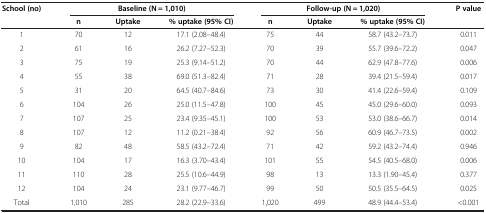
| School (no) | <COLSPAN=3> Baseline (N = 1,010) | <COLSPAN=3> Follow-up (N = 1,020) | P value |
 |  | n | Uptake | % uptake (95% CI) | n | Uptake | % uptake (95% CI) |  |
 | --- | --- | --- | --- | --- | --- | --- | --- |
 | 1 | 70 | 12 | 17.1 (2.08–48.4) | 75 | 44 | 58.7 (43.2–73.7) | 0.011 |
 | 2 | 61 | 16 | 26.2 (7.27–52.3) | 70 | 39 | 55.7 (39.6–72.2) | 0.047 |
 | 3 | 75 | 19 | 25.3 (9.14–51.2) | 70 | 44 | 62.9 (47.8–77.6) | 0.006 |
 | 4 | 55 | 38 | 69.0 (51.3–82.4) | 71 | 28 | 39.4 (21.5–59.4) | 0.017 |
 | 5 | 31 | 20 | 64.5 (40.7–84.6) | 73 | 30 | 41.4 (22.6–59.4) | 0.109 |
 | 6 | 104 | 26 | 25.0 (11.5–47.8) | 100 | 45 | 45.0 (29.6–60.0) | 0.093 |
 | 7 | 107 | 25 | 23.4 (9.35–45.1) | 100 | 53 | 53.0 (38.6–66.7) | 0.014 |
 | 8 | 107 | 12 | 11.2 (0.21–38.4) | 92 | 56 | 60.9 (46.7–73.5) | 0.002 |
 | 9 | 82 | 48 | 58.5 (43.2–72.4) | 71 | 42 | 59.2 (43.2–74.4) | 0.946 |
 | 10 | 104 | 17 | 16.3 (3.70–43.4) | 101 | 55 | 54.5 (40.5–68.0) | 0.006 |
 | 11 | 110 | 28 | 25.5 (10.6–44.9) | 98 | 13 | 13.3 (1.90–45.4) | 0.377 |
 | 12 | 104 | 24 | 23.1 (9.77–46.7) | 99 | 50 | 50.5 (35.5–64.5) | 0.025 |
 | Total | 1,010 | 285 | 28.2 (22.9–33.6) | 1,020 | 499 | 48.9 (44.4–53.4) | <0.001 |